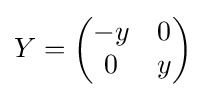
Y={\begin{pmatrix}-y&0\\0&y\end{pmatrix}}